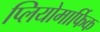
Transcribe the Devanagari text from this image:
प्लियोमार्फिक